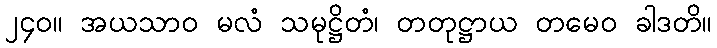
၂၄၀။ အယသာဝ မလံ သမုဋ္ဌိတံ၊ တတုဋ္ဌာယ တမေဝ ခါဒတိ။